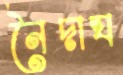
নৈদাঘ